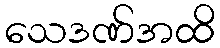
သေဒဏ်အထိ